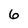
Character: 6